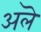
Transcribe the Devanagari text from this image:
अलॆ